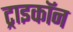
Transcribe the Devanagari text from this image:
ट्राइकॉन